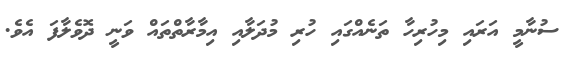
ސުނާމީ އަރައި މިހުރިހާ ތަނެއްގައި ހުރި މުދަލާއި އިމާރާތްތައް ވަނީ ދޮވެލާފަ އެވެ.